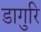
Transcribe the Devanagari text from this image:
डागुरि